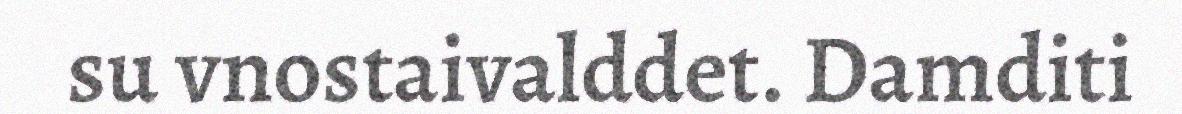
su vnostaivalddet. Damditi